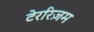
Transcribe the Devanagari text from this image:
टेररिज़म